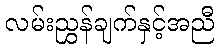
လမ်းညွှန်ချက်နှင့်အညီ